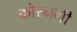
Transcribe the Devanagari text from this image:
कोरनगी